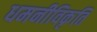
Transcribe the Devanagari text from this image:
धमनीविकृति